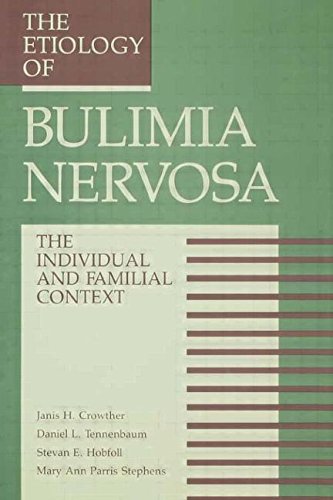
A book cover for The Etiology Of Bulimia Nervosa: The Individual And Familial Context: Material Arising From The Second Annual Kent Psychology Forum, Kent, October 1990 (Applied Psychology Series); Health, Fitness & Dieting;